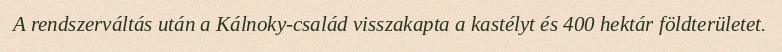
A rendszerváltás után a Kálnoky-család visszakapta a kastélyt és 400 hektár földterületet.